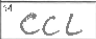
Transcription: CCL